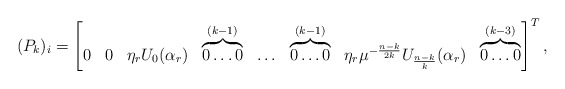
\begin{align*}(P_k)_i=\begin{bmatrix}0 & 0 & \eta_r U_0(\alpha_r) & \overbrace{0 \ldots 0}^{(k-1)} & \ldots & \overbrace{0 \ldots 0}^{(k-1)} & \eta_r \mu^{-\frac{n-k}{2k}} U_{\frac{n-k}{k}}(\alpha_r) & \overbrace{0 \ldots 0}^{(k-3)}\end{bmatrix}^{T}, \end{align*}